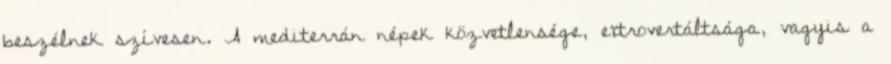
beszélnek szívesen. A mediterrán népek közvetlensége, extrovertáltsága, vagyis a